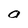
Character: O